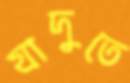
যাদুতে